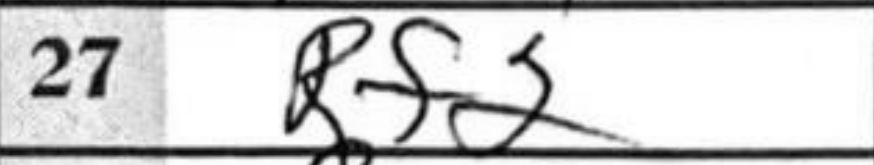
Transcription: Rf2